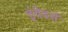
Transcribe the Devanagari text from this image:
इंवेडर्स